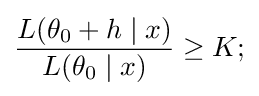
{\frac {L(\theta _{0}+h\mid x)}{L(\theta _{0}\mid x)}}\geq K;